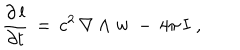
\frac { \partial \, { \bf l } } { \partial t } \, = \, c ^ { 2 } \, \nabla \wedge { \bf w } \, - \, 4 \pi \, { \bf I } \; ,